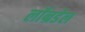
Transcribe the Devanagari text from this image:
लॉन्रडेल